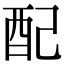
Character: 配